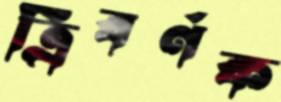
ত্রিবর্ণক